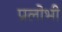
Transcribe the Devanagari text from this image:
प्रलोभी